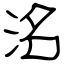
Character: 洺